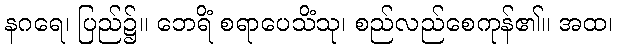
နဂရေ၊ ပြည်၌။ ဘေရိံ စရာပေသိံသု၊ စည်လည်စေကုန်၏။ အထ၊